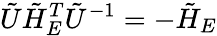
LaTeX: \tilde{U}\tilde{H}_{E}^{T}\tilde{U}^{-1}=-\tilde{H}_{E}